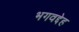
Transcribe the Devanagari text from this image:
भगवद्देह